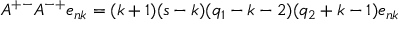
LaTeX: A ^ { + - } A ^ { - + } e _ { n k } = ( k + 1 ) ( s - k ) ( q _ { 1 } - k - 2 ) ( q _ { 2 } + k - 1 ) e _ { n k }